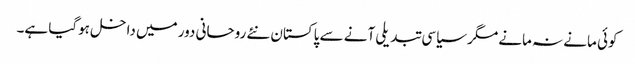
کوئی مانے نہ مانے مگر سیاسی تبدیلی آنے سے پاکستان نئے روحانی دور میں داخل ہوگیا ہے۔